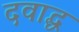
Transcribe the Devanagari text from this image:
दवाद्ध